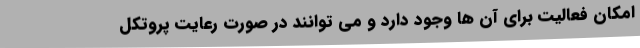
امکان فعالیت برای آن ها وجود دارد و می توانند در صورت رعایت پروتکل